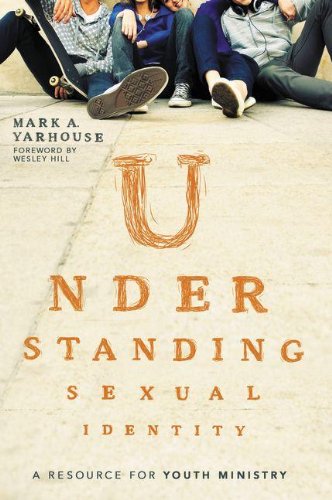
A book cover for Understanding Sexual Identity: A Resource for Youth Ministry; Mark A. Yarhouse; Christian Books & Bibles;